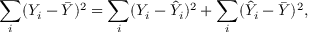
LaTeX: \sum _ { i } ( Y _ { i } - { \bar { Y } } ) ^ { 2 } = \sum _ { i } ( Y _ { i } - { \hat { Y } } _ { i } ) ^ { 2 } + \sum _ { i } ( { \hat { Y } } _ { i } - { \bar { Y } } ) ^ { 2 } ,